Vabadussoja_Ajaloo_Komitee, lk 23
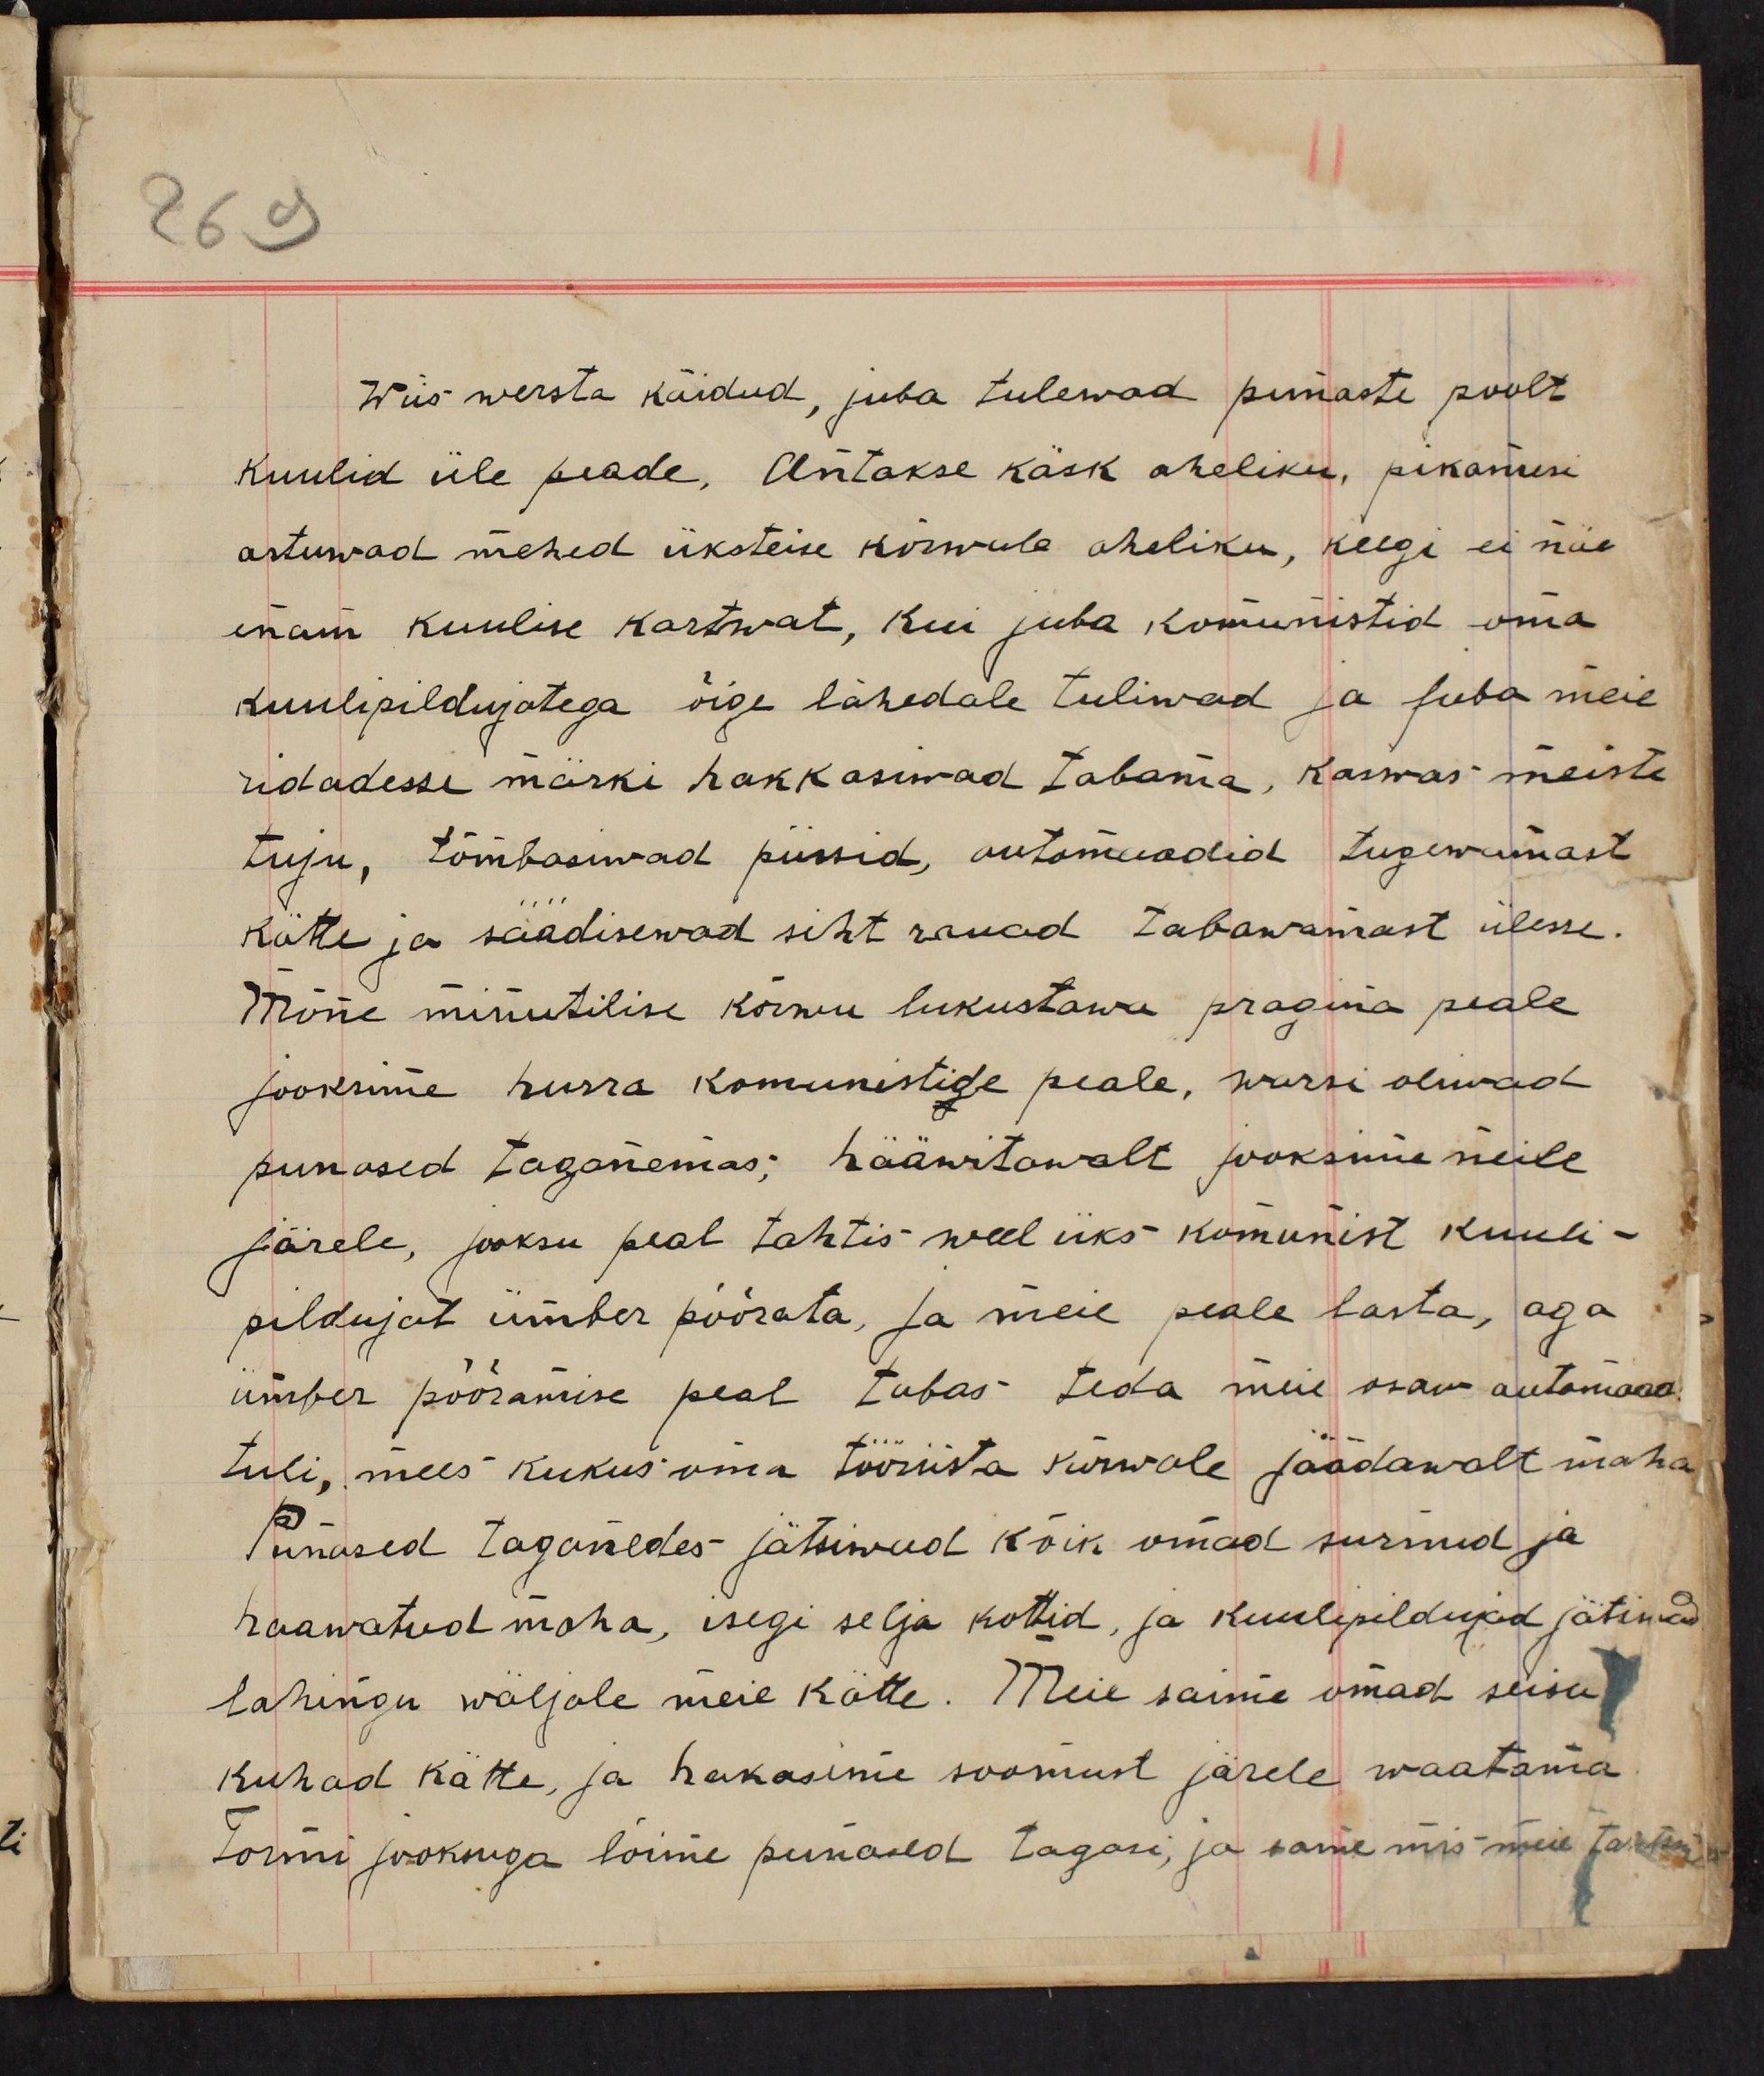
Wiis wersta käidud, juba tulewad punaste poolt
kuulid üle peade, antakse käsk aheliku, pikamisi
astuwad mehed üksteise kõrwale aheliku, keegi ei näe
enam kuulise kartwat, kui juba kommunistid oma
kuulipildujatega õige lähedale tulewad ja juba meie
ridadesse märki hakkasiwad tabama, kaswas meiste
tuju, tõmbasiwad püssid, automaadid tugewamast
kätte ja säädisewad siht rauad tabawamast ülesse.
Mõne minutilise kõrwu lukustawa pragina peale
jooksime hurra komunistide peale, warsi oliwad
punased taganemas; hääwitawalt jooksime neile
järele, jooksu peal tahtis weel üks kommunist kuuli-
pildujat ümber pöörata ja meie peale lasta, aga
ümber pööramise peal tabas teda meie osaw automaadi
tuli, mees kukus oma tööriista kõrwale jäädawalt maha
Punased taganedes jätsiwad kõik omad surnud ja
haawatud maha, isegi selja kottid, ja kuulepildujad jätsiwad
lahingu wäljale meie kätte. Meie saime omad seisu
kohad kätte, ja hakasime soomust järele waatama.
Tormi jooksuga lõime punased tagasi, ja saime mis meie tahtsime